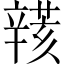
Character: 𨐮